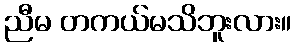
ညီမ တကယ်မသိဘူးလား။